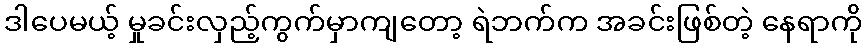
ဒါပေမယ့် မှုခင်းလှည့်ကွက်မှာကျတော့ ရဲဘက်က အခင်းဖြစ်တဲ့ နေရာကို